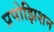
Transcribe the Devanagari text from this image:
प्रपोझिशन